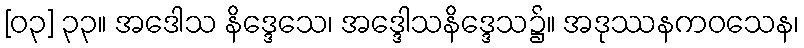
[၀၃] ၃၃။ အဒေါသ နိဒ္ဒေသေ၊ အဒ္ဒေါသနိဒ္ဒေသ၌။ အဒုဿနကဝသေန၊